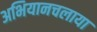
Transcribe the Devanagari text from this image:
अभियानचलाया